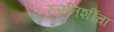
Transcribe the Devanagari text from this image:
रजनिशींचा